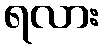
ရလား